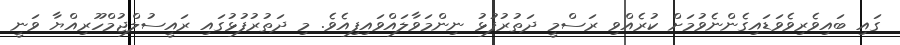
ގައި ބައިވެރިވެވަޑައިގެންނެވުމަށް ކުރެއްވި ރަސްމީ ދަތުރުފުޅު ނިންމަވާލައްވައިފިއެވެ. މި ދަތުރުފުޅުގައި ރައީސުލްޖުމްހޫރިއްޔާ ވަނީ